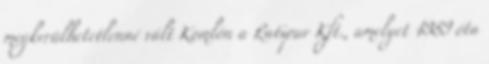
megkerülhetetlenné vált Komlón a Ratipur Kft., amelyet 1989 óta